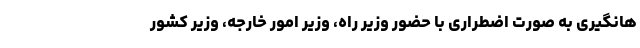
هانگیری به صورت اضطراری با حضور وزیر راه، وزیر امور خارجه، وزیر کشور